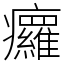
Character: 㿚